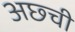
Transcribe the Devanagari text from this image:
अछ्ची